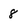
Character: 8